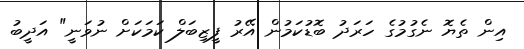
އިން ތެޔޮ ނެގުމުގެ ހަރަދު ބޮޑުކަމުން އޭރު ފީޒިބަލް ކަމަކަށް ނުވަނީ" އަދީބު